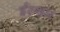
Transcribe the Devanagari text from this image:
ईस्थम